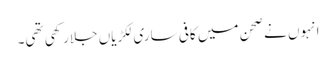
انہوں نے صحن میں کافی ساری لکڑیاں جلارکھی تھی۔